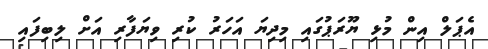
އެޕަލް އިން މުޅި ޔޫރަޕުގައި މިދިޔަ އަހަރު ކުރި ވިޔަފާރި އަށް ލިބިފައި